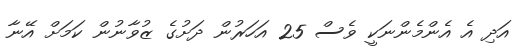
އަދި އެ އެންމެންނަކީ ވެސް 25 އަހަރުން ދަށުގެ ޒުވާނުން ކަމަށް އޭނާ